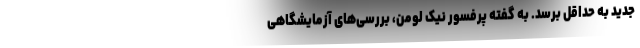
جدید به حداقل برسد. به گفته پرفسور نیک لومن، بررسی‌های آزمایشگاهی